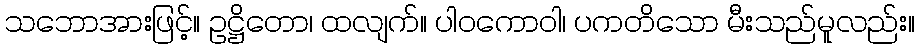
သဘောအားဖြင့်။ ဥဋ္ဌိတော၊ ထလျက်။ ပါဝကောဝါ၊ ပကတိသော မီးသည်မူလည်း။